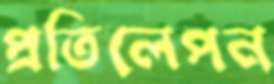
প্রতিলেপন